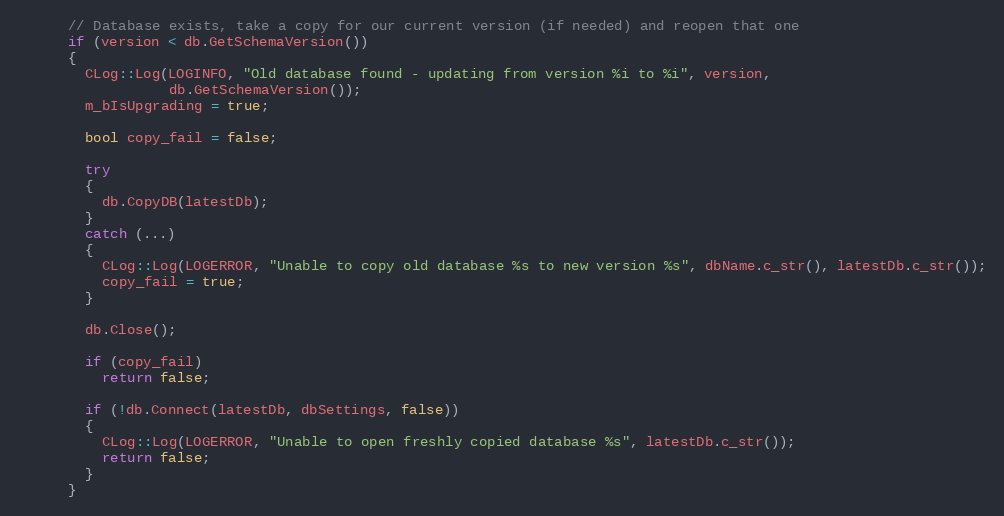
Language: C++
      // Database exists, take a copy for our current version (if needed) and reopen that one
      if (version < db.GetSchemaVersion())
      {
        CLog::Log(LOGINFO, "Old database found - updating from version %i to %i", version,
                  db.GetSchemaVersion());
        m_bIsUpgrading = true;

        bool copy_fail = false;

        try
        {
          db.CopyDB(latestDb);
        }
        catch (...)
        {
          CLog::Log(LOGERROR, "Unable to copy old database %s to new version %s", dbName.c_str(), latestDb.c_str());
          copy_fail = true;
        }

        db.Close();

        if (copy_fail)
          return false;

        if (!db.Connect(latestDb, dbSettings, false))
        {
          CLog::Log(LOGERROR, "Unable to open freshly copied database %s", latestDb.c_str());
          return false;
        }
      }